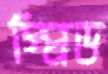
স্প্রিড